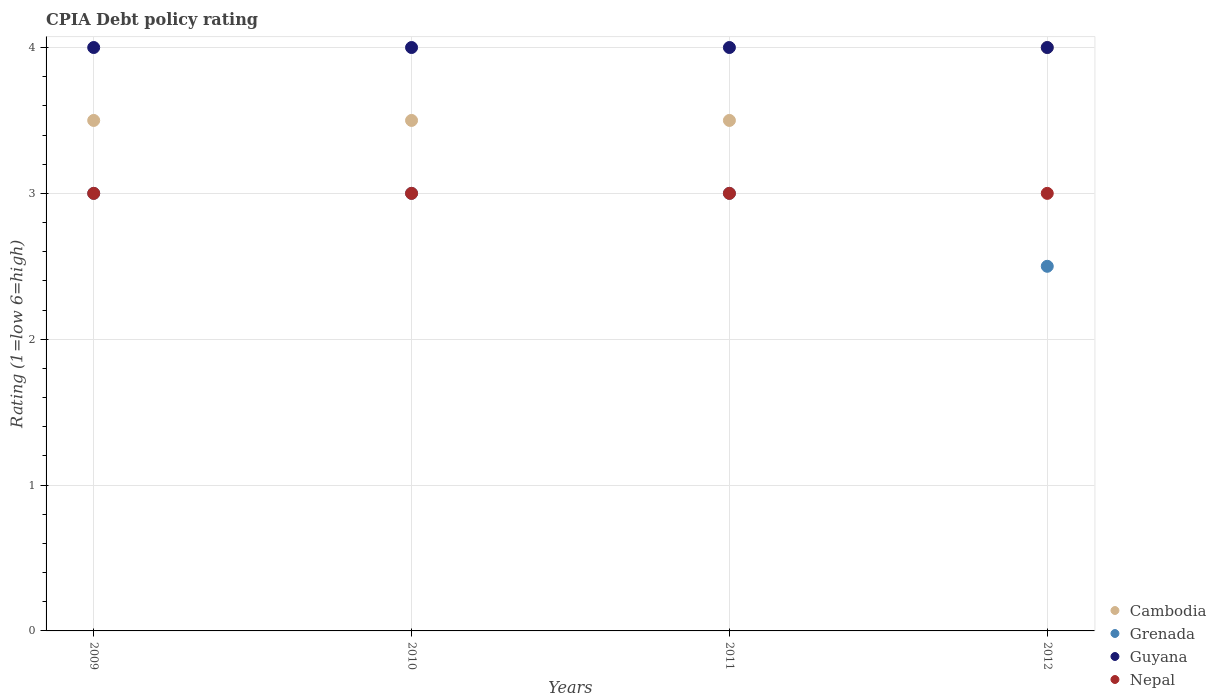
| Years | Cambodia | Grenada | Guyana | Nepal |
 | --- | --- | --- | --- | --- |
 | 2009 | 3.5 | 3 | 4 | 3 |
 | 2010 | 3.5 | 3 | 4 | 3 |
 | 2011 | 3.5 | 3 | 4 | 3 |
 | 2012 | 4 | 2.5 | 4 | 3 |